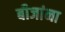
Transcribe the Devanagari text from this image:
बीजांना